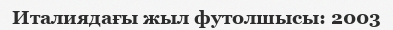
Италиядағы жыл футолшысы: 2003